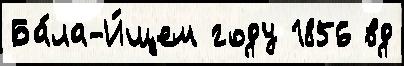
Ба́ла-И́щем году 1856 вд